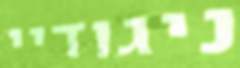
ניגודיי